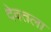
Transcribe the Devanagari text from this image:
देवतला